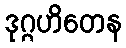
ဒုဂ္ဂဟိတေန